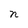
Character: n